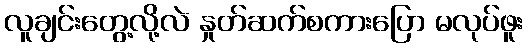
လူချင်းတွေ့လို့လဲ နှုတ်ဆက်စကားပြော မလုပ်ဖူး